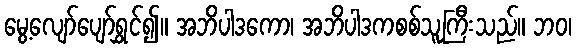
မွေ့လျော်ပျော်ရွှင်၍။ အဘိပါဒကော၊ အဘိပါဒကစစ်သူကြီးသည်။ ဘဝ၊